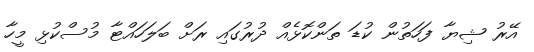
އޭރު ޝިޔާ ފަހަތުން ކުޑަ ތަންކޮޅެއް ދުރުގައި ރަށް ބަލަހައްޓާ މުސްކުޅި މީހާ